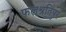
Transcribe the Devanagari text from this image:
फलश्रुतिपर